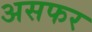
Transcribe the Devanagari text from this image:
असफर